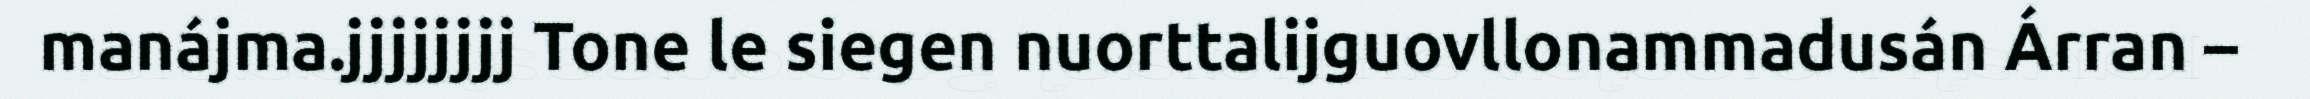
manájma.jjjjjjjj Tone le siegen nuorttalijguovllonammadusán Árran –